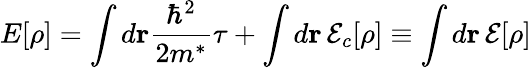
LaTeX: E[\rho]=\int d{\mathbf r}\frac{\hbar^{2}}{2m^{*}}\tau+\int d{\mathbf r}\, {\cal E}_{c}[\rho]\equiv\int d{\mathbf r}\, {\cal E}[\rho]